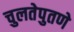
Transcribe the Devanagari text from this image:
चुलतेपुतणे